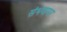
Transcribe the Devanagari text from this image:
संभवामर